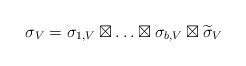
LaTeX: \begin{align*}\sigma_V=\sigma_{1,V}\boxtimes\ldots\boxtimes\sigma_{b,V}\boxtimes\widetilde{\sigma}_{V}\end{align*}